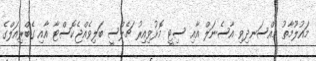
މައުލޫމާތު މުއްސަނދިވި އާސެނަލް އާއި ސިޓީ މޮޅުވިއިރު ޗެލްސީ ބަލިވެއްޖެކޮސްޓާ އާއި ގެބްރިއަލްގެ